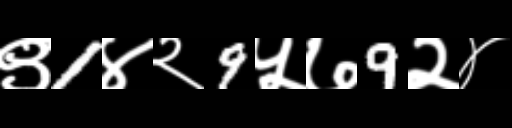
Text: ९1४२9५७9२४